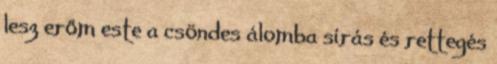
lesz erőm este a csöndes álomba sírás és rettegés